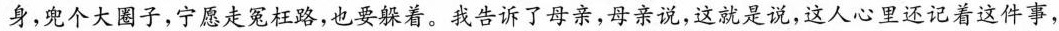
身，兜个大周子，宁愿走冤枉路，也要躲着。我告诉了母亲，亲说，这就是说，这人心里还记着这件事，